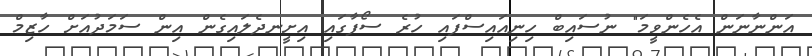
އަންނާނަން އެހެންވީމަ" ނުސައިބް ހިނިއައިސްފައި ހުރެ ސޯފާގައި އިށީނދެލައިގެން އިން ސަމަދުއަށް ހާޒިމް